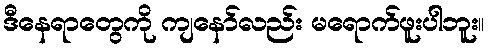
ဒီနေရာတွေကို ကျနော်လည်း မရောက်ဖူးပါဘူး။